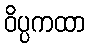
ဝိပ္ပကထာ